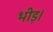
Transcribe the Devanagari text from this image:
भीड़।